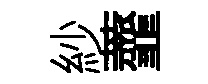
紗虀